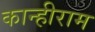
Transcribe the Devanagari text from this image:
कान्हीराम